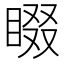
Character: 𭿁